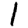
Digit: 1